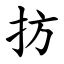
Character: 㧍